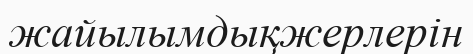
жайылымдықжерлерін